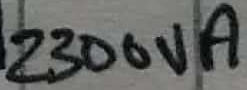
Text: 2300VA